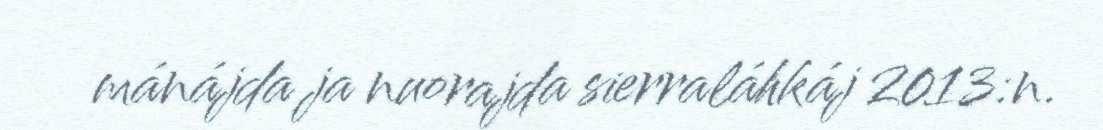
mánájda ja nuorajda sierraláhkáj 2013:n.